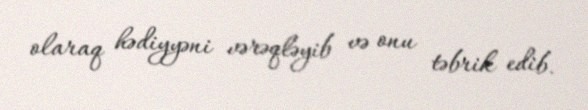
olaraq hədiyyəni vərəqləyib və onu təbrik edib.